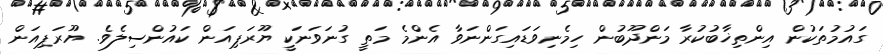
ގައުމުތަކުން އިންތިޚާބުކުރާ މަންދޫބުން ހިމެނިވަޑައިގަންނަވާ އެންމެ މަތީ ގުނަވަނަކީ ޔޫރަޕިއަން ކައުންސިލެވެ. ޔޫރަޕިއަން